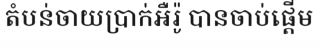
តំបន់ចាយប្រាក់អឺរ៉ូ បានចាប់ផ្តើម